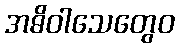
အဓိဝါသေတွေဝ